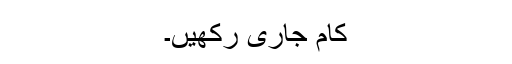
کام جاری رکھیں۔